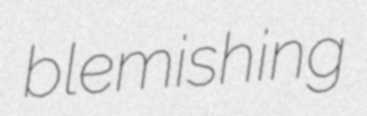
blemishing